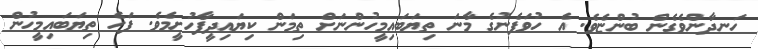
ހަނދާންވެގެން ބުންޏެވެ. އެ ހުވަފެނުގެ މާނަ ތިޔަބައިމީހުންނަށް ތިމަން ކިޔައިދީފާހުށީމެވެ. ފަހެ ތިޔަބައިމީހުން